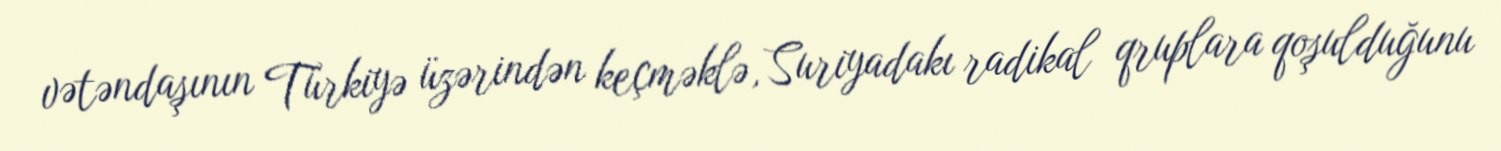
vətəndaşının Türkiyə üzərindən keçməklə, Suriyadakı radikal qruplara qoşulduğunu